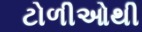
ટોળીઓથી